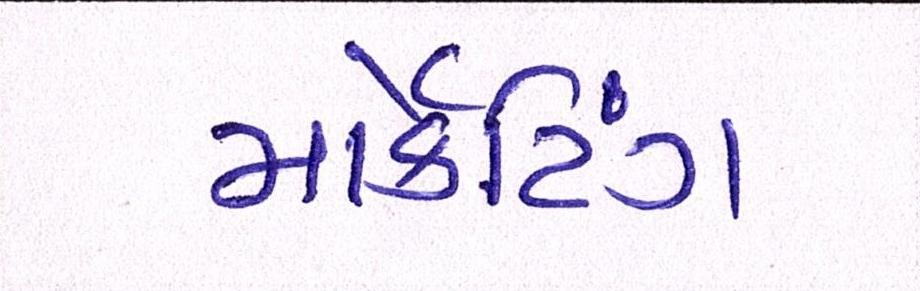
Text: માર્કેટિંગ